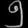
Digit: ၅